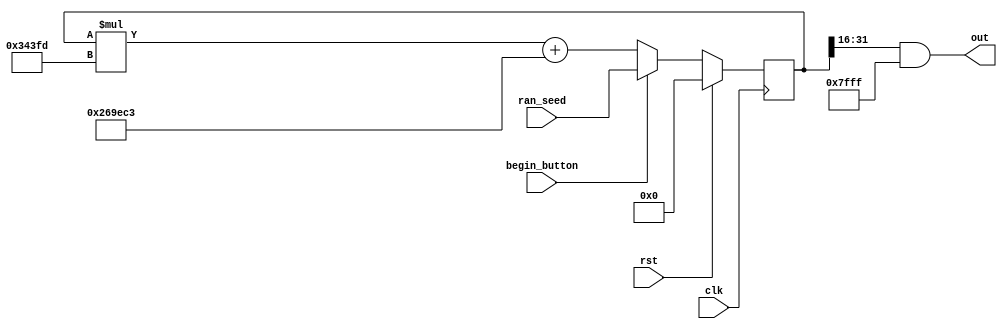
//16
module random(
    input clk,                      //
    input [31:0] ran_seed,          //
    input rst,                      //1
    input begin_button,             //
    output wire [15:0] out          //
);

reg [31:0] ran;                     //
initial ran=0;

always @(posedge clk) begin
    if(rst == 1) begin
        ran <= 0;
    end else begin
            if(begin_button) begin
                ran <= ran_seed;    //
            end
            else begin
                ran <= ran * 32'h343fd + 32'h269EC3; //
            end
        end
end

assign out = (ran >> 16) & 16'h7fff; //

endmodule